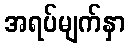
အရပ်မျက်နှာ